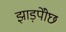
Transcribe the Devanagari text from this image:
झाड़पोेंछ